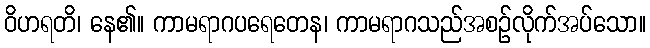
ဝိဟရတိ၊ နေ၏။ ကာမရာဂပရေတေန၊ ကာမရာဂသည်အစဉ်လိုက်အပ်သော။